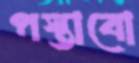
পস্তাবো